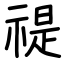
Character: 禔